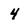
Character: 4